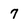
Character: 7